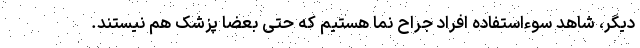
دیگر، شاهد سوءاستفاده افراد جراح نما هستیم که حتی بعضا پزشک هم نیستند.